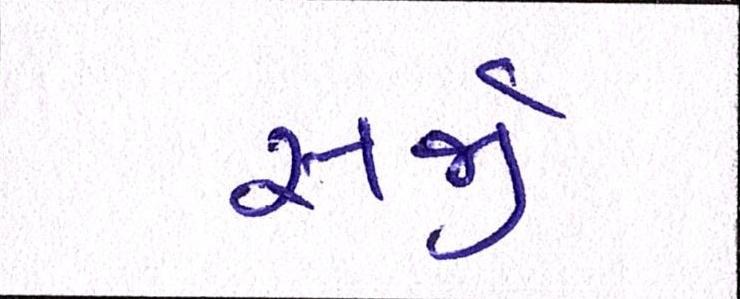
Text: સર્જી